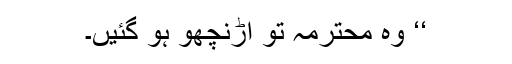
‘‘ وہ محترمہ تو اڑنچھو ہو گئیں۔